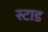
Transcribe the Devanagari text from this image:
स्टाड